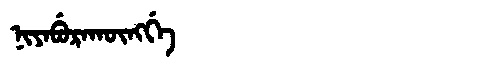
Manchu: ᠨᡳᠶᠠᠪᡠᡵᠠᡴᡡᠩᡤᡝ
Romanization: NIYABURAKŪNGGE